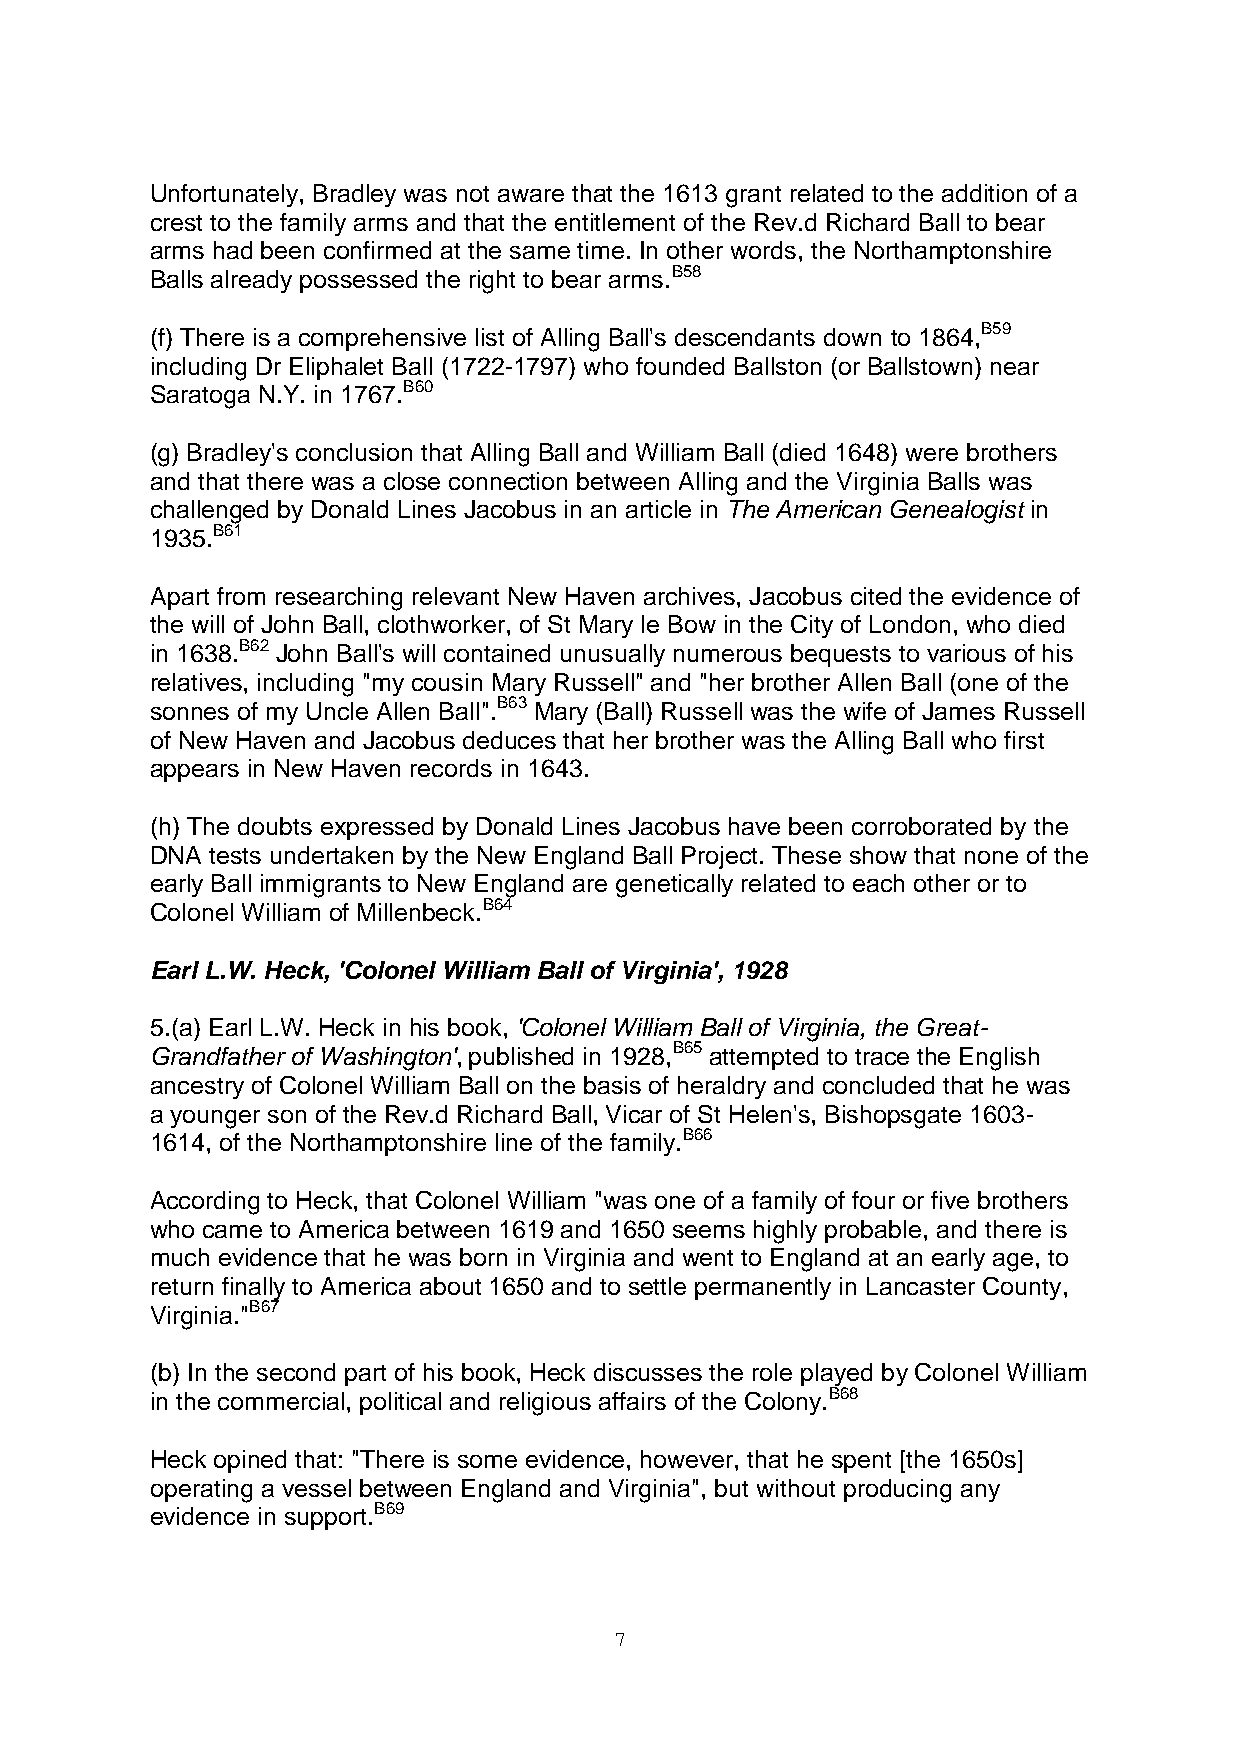
Unfortunately, Bradley was not aware that the 1613 grant related to the addition of a
 crest to the family arms and that the entitlement of the Rev.d Richard Ball to bear
 arms had been confirmed at the same time. In other words, the Northamptonshire
 Balls already possessed the right to bear arms.B58
 (f) There is a comprehensive list of Alling Ball's descendants down to 1864,B59
 including Dr Eliphalet Ball (1722-1797) who founded Ballston (or Ballstown) near
 Saratoga N.Y. in 1767.B60
 (g) Bradley's conclusion that Alling Ball and William Ball (died 1648) were brothers
 and that there was a close connection between Alling and the Virginia Balls was
 challenged by Donald Lines Jacobus in an article in The American Genealogist in
 1935.B61
 Apart from researching relevant New Haven archives, Jacobus cited the evidence of
 the will of John Ball, clothworker, of St Mary le Bow in the City of London, who died
 in 1638.B62 John Ball's will contained unusually numerous bequests to various of his
 relatives, including "my cousin Mary Russell" and "her brother Allen Ball (one of the
 sonnes of my Uncle Allen Ball".B63 Mary (Ball) Russell was the wife of James Russell
 of New Haven and Jacobus deduces that her brother was the Alling Ball who first
 appears in New Haven records in 1643.
 (h) The doubts expressed by Donald Lines Jacobus have been corroborated by the
 DNA tests undertaken by the New England Ball Project. These show that none of the
 early Ball immigrants to New England are genetically related to each other or to
 Colonel William of Millenbeck.B64
 Earl L.W. Heck, 'Colonel William Ball of Virginia', 1928
 5.(a) Earl L.W. Heck in his book, 'Colonel William Ball of Virginia, the Great-
 Grandfather of Washington', published in 1928,B65 attempted to trace the English
 ancestry of Colonel William Ball on the basis of heraldry and concluded that he was
 a younger son of the Rev.d Richard Ball, Vicar of St Helen's, Bishopsgate 1603-
 1614, of the Northamptonshire line of the family.B66
 According to Heck, that Colonel William "was one of a family of four or five brothers
 who came to America between 1619 and 1650 seems highly probable, and there is
 much evidence that he was born in Virginia and went to England at an early age, to
 return finally to America about 1650 and to settle permanently in Lancaster County,
 Virginia."B67
 (b) In the second part of his book, Heck discusses the role played by Colonel William
 in the commercial, political and religious affairs of the Colony.B68
 Heck opined that: "There is some evidence, however, that he spent [the 1650s]
 operating a vessel between England and Virginia", but without producing any
 evidence in support.B69
 7